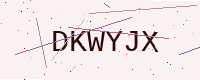
Text: DKWYJX